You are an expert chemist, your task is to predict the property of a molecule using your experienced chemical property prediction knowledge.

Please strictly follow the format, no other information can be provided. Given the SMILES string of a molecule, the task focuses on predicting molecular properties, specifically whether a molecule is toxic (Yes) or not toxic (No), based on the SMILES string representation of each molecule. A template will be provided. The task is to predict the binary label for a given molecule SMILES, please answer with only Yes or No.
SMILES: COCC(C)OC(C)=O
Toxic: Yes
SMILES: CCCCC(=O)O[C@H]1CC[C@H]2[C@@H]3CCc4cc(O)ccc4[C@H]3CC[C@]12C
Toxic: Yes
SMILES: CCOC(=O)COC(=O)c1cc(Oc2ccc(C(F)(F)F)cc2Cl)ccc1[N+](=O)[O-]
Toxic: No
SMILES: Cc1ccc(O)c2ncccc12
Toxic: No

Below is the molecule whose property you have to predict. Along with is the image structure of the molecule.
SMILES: CCN1CCOCC1
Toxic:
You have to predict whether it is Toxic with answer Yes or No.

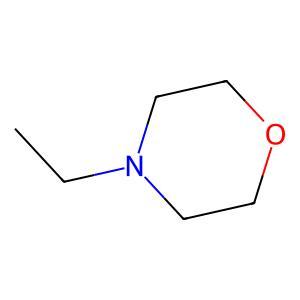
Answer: No